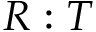
R : T